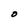
Character: O